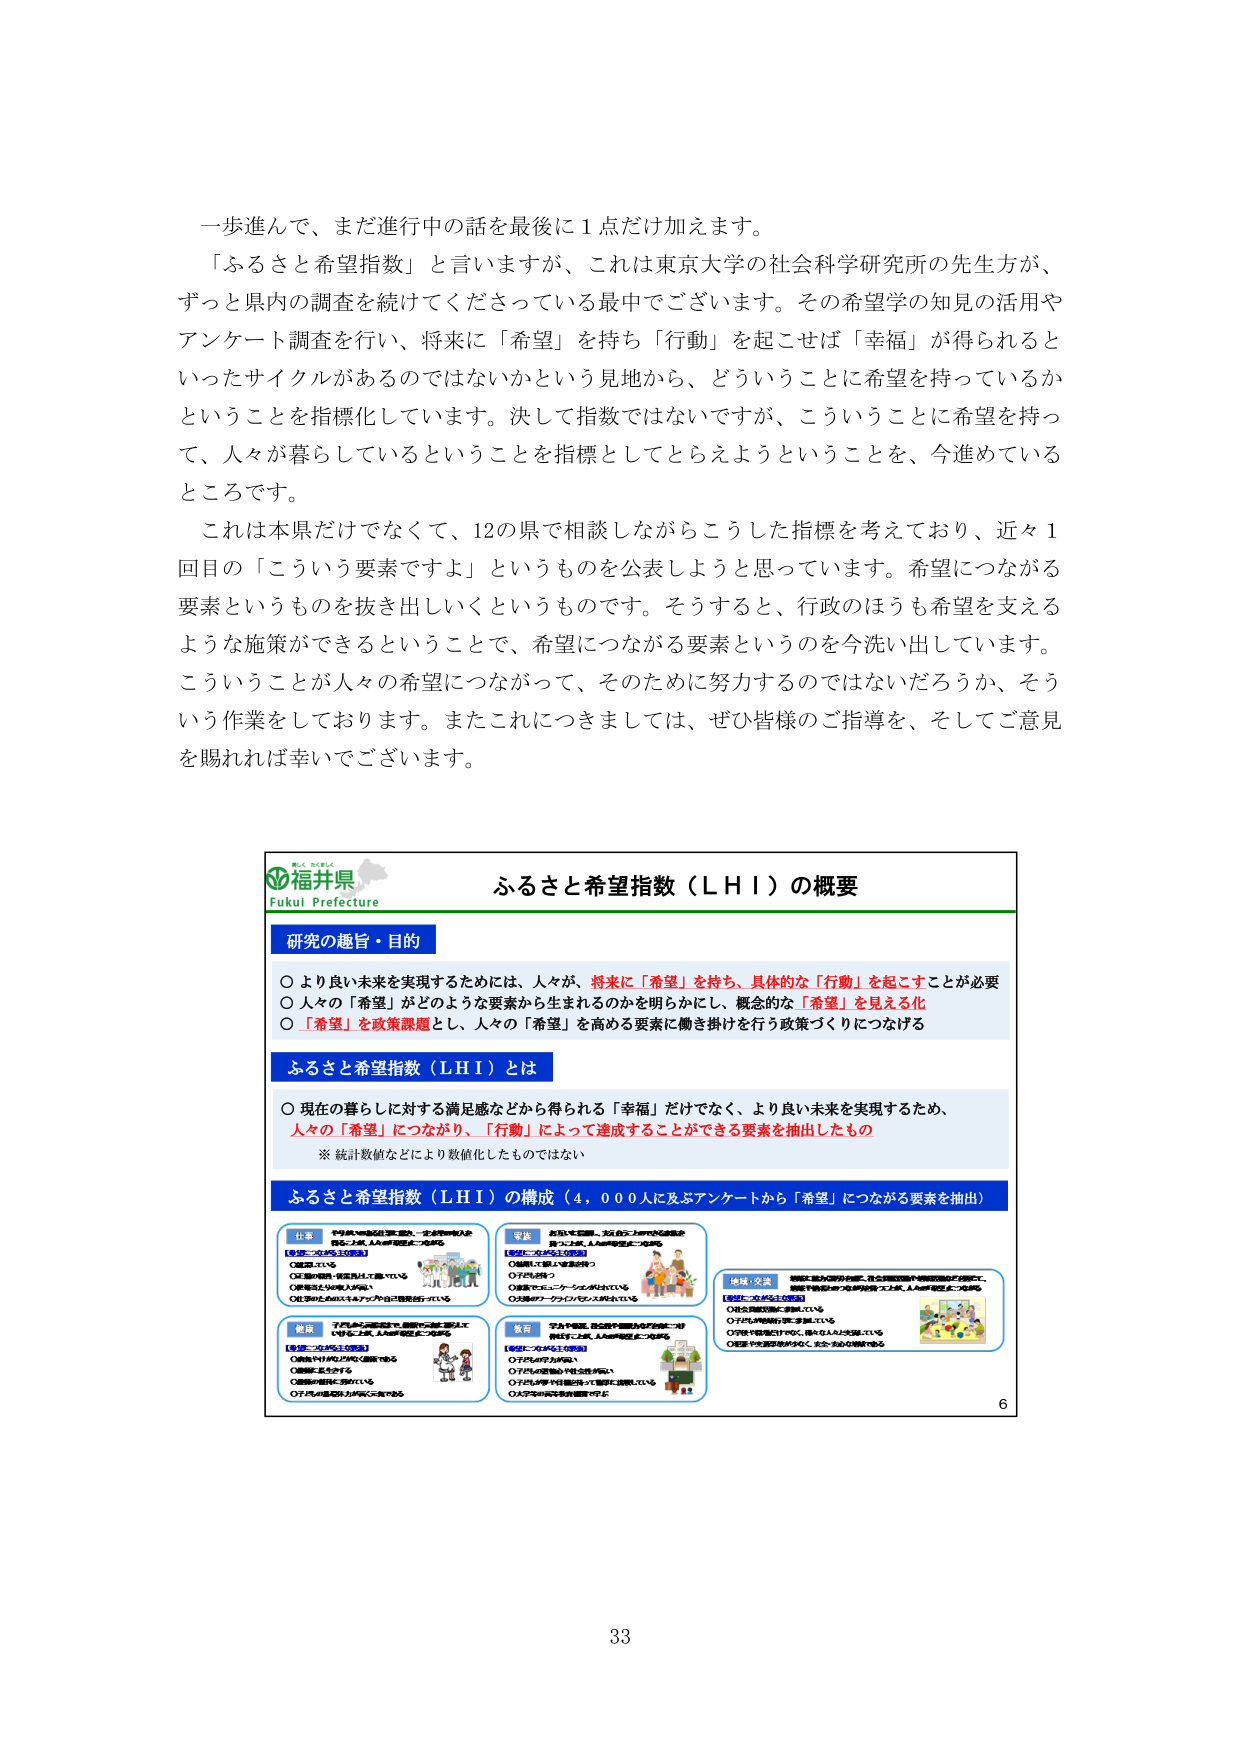
一歩進んで、まだ進行中の話を最後に１点だけ加えます。

「ふるさと希望指数」と言いますが、これは東京大学の社会科学研究所の先生方が、ずっと県内の調査を続けてくださっている最中でございます。その希望学の知見の活用やアンケート調査を行い、将来に「希望」を持ち「行動」を起こせば「幸福」が得られるといったサイクルがあるのではないかという見地から、どういうことに希望を持っているかということを指標化しています。決して指数ではないですが、こういうことに希望を持って、人々が暮らしているということを指標としてとらえようということを、今進めているところです。

これは本県だけでなく、12の県で相談しながらこうした指標を考えており、近々1回目の「こういう要素ですよ」というものを公表しようと思っています。希望につながる要素というものを抜き出していくというものです。そうすると、行政のほうも希望を支えるような施策ができるということで、希望につながる要素というのを今洗い出しています。こういうことが人々の希望につながって、そのために努力するのではないだろうか、そういう作業をしております。またこれにつきましては、ぜひ皆様のご指導を、そしてご意見を賜れば幸いでございます。

福井県
Fukui Prefecture

ふるさと希望指数（LHI）の概要

研究の趣旨・目的
○ より良い未来を実現するためには、人々が、将来に「希望」を持ち、具体的な「行動」を起こすことが必要
○ 人々の「希望」がどのような要素から生まれるのかを明らかにし、概念的な「希望」を見える化
○ 「希望」を政策課題とし、人々の「希望」を高める要素に働き掛けを行う政策づくりにつなげる

ふるさと希望指数（LHI）とは
○ 現在の暮らしに対する満足感などから得られる「幸福」だけでなく、より良い未来を実現するため、人々の「希望」につながり、「行動」によって達成することができる要素を抽出したもの
※ 統計数値などにより数値化したものではない

ふるさと希望指数（LHI）の構成（4,000人に及ぶアンケートから「希望」につながる要素を抽出）

仕事
【希望につながる主な要素】
○ 雇用されている
○ 定期の職務・業務負担に耐えている
○ 職場に友人がいる
○ 自分のスキルを活かす仕事に従事している

家族
【希望につながる主な要素】
○ 結婚して親しい家族を持っている
○ 子どもがいる
○ 家族でエンターテインメントがされている
○ 3食のワーケーションシステムがされている

地域・交流
【希望につながる主な要素】
○ 地元の商店街に通っている
○ 地元の祭りに参加している
○ 子どもや家族が住んでいて、親しい友人がいる
○ 道路や生活環境がよく、安全・安心な環境である

健康
【希望につながる主な要素】
○ 健康な生活が送れている
○ 運動習慣を持っている
○ 子どもの健康が心配に感じない

教育
【希望につながる主な要素】
○ 子どもが学力が高い
○ 子どもの学校が十分な教育を提供している
○ 子どもが学びを楽しんで学習に取り組んでいる
○ 子どもが将来の夢を描いている

6

33